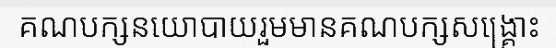
គណបក្សនយោបាយរួមមានគណបក្សសង្គ្រោះ